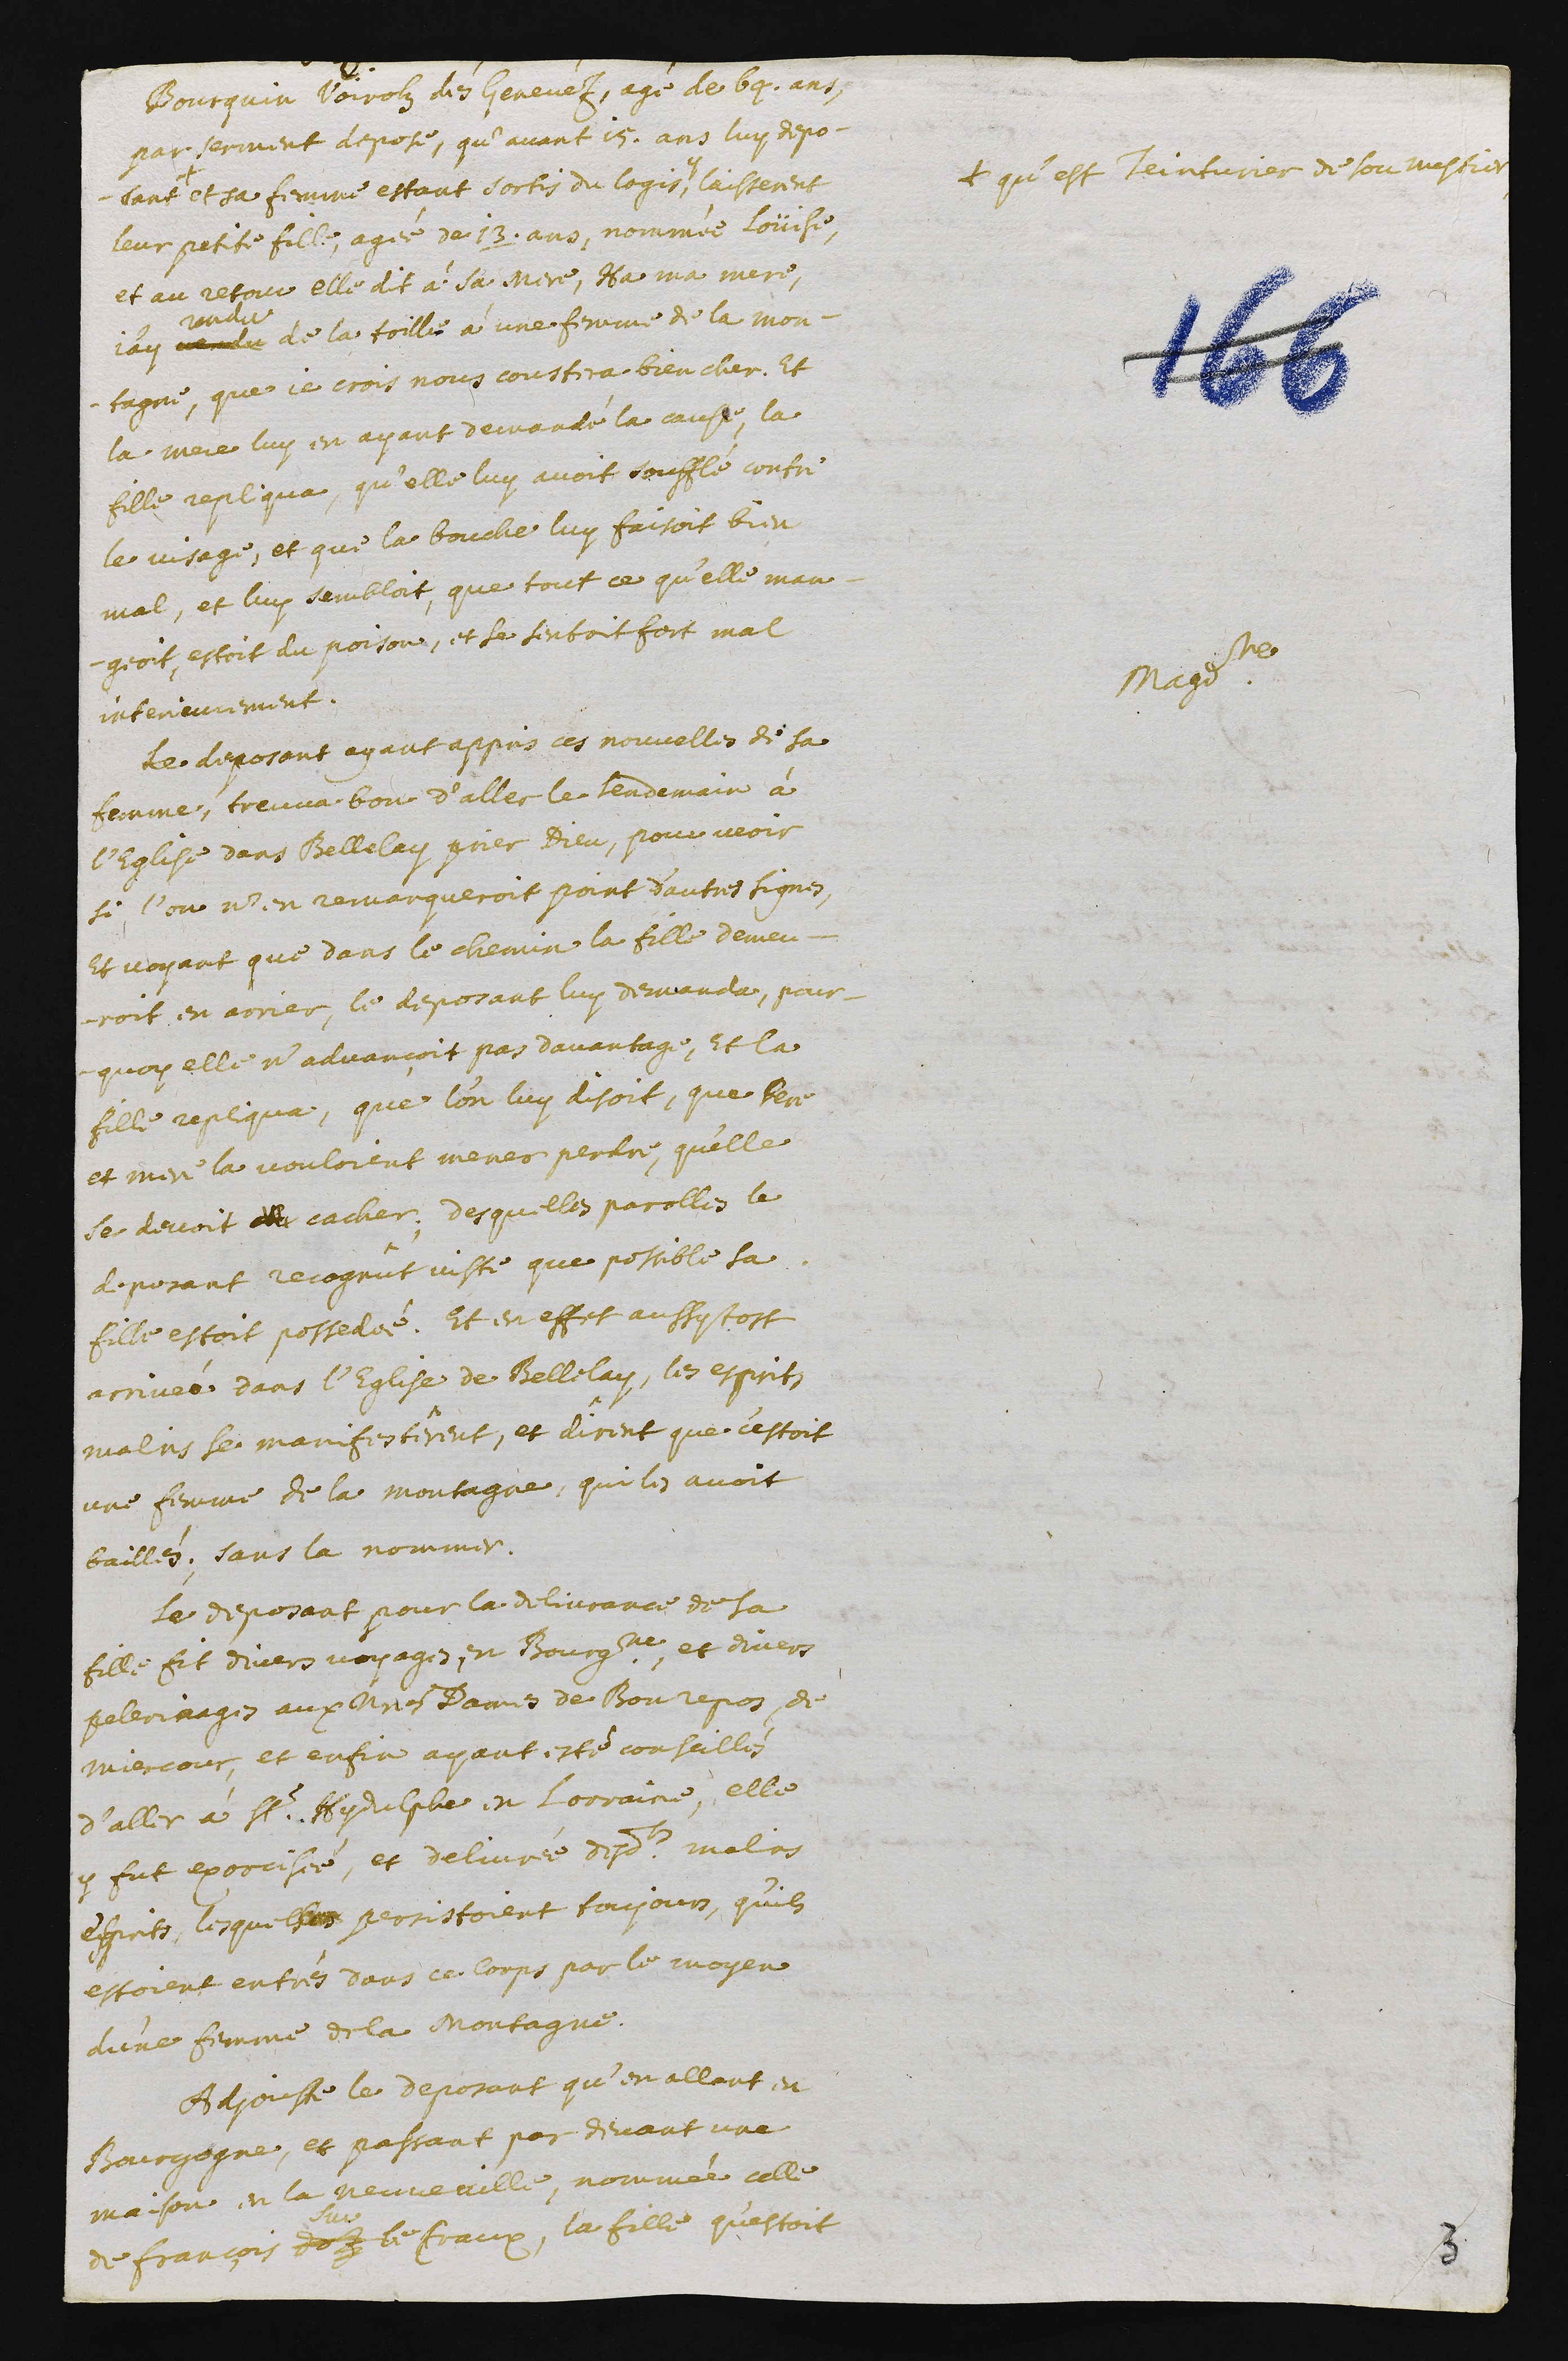
Bourquin Voirolz dés Genevéz, agé de 69 ans,
par serment depose, qu’avant 15 ans luy depo-
sant +
+ qu’est teinturier de son mestier
	et sa femme estant sortis du logis, y laisserent
leur petite fille, agée de 13 ans, nommée Loüise.
Et au retour elle dit à sa mere, Ha ma mere,
j’ay vandu
vendu
de la toille à une femme de la mon-
tagne, que je crois nous coustera bien cher. Et
la mere luy en ayant demandé la cause, la
fille repliqua, qu’elle luy avoit soufflé contre
le visage, et que la bouche luy faisoit bien
mal. Et luy sembloit, que tout ce qu’elle man-
geoit, estoit du poison, et se sentoit fort mal
interieurement.
Magdeleine.
Le deposant ayant appris ces nouvelles de sa
femme, treuva bon d’aller le lendemain à
l’eglise dans Bellelay prier Dieu, pour veoir
si l’on n’en remarqueroit point d’autres signes.
Et voyant que dans le chemin la fille demeu-
roit en arrier, le deposant luy demanda, pour-
quoy elle n’advancoit pas davantage, et la
fille repliqua, que l’on luy disoit, que pere
et mere la vouloient mener perdre, qu’elle
se devoit elle cacher. Desquelles parolles le
deposant recognût viste que possible sa
fille estoit possedée. Et en effet aussy tost
arrivée dans l’eglise de Bellelay, les esprits
malins se manifestêrent, et dirent que c’estoit
une femme de la montagne, qui les avoit
baillés, sans la nommer.
Le deposant pour la delivrance de sa
fille fit divers voyages en Bourgogne, et divers
pelerinages aux Notres Dames de Bonrepos, de
Miecour. Et enfin ayant esté conseillés
d’aller à St Hydelphe en Lorraine, elle
y fut exorcisée, et delivrée desdits malins
esprits, lesquelles persistoient toujours, qu’ils
estoient entrés dans ce corps par le moyen
d’une femme de la Montagne.
Adjouste le deposant qu’en allant en
Bourgogne, et passant par devant une
maison en la Neuveville, nommée celle
de François doz
sur
le Craux, la fille qu’estoit